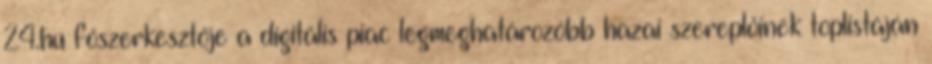
24.hu főszerkesztője a digitális piac legmeghatározóbb hazai szereplőinek toplistáján